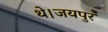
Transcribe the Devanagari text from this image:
थे।जयपुर